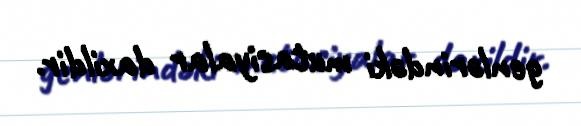
genlərindəki mutasiyalar daxildir.